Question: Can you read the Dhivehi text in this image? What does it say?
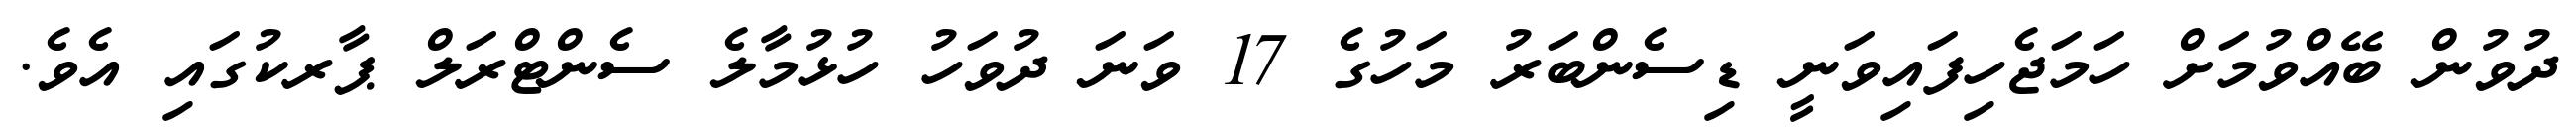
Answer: ދުވުން ބޭއްވުމަށް ހަމަޖެހިފައިވަނީ ޑިސެންބަރު މަހުގެ 17 ވަނަ ދުވަހު ހުޅުމާލެ ސެންޓްރަލް ޕާރކުގައި އެވެ.